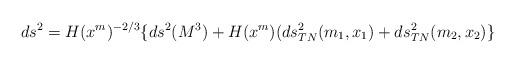
LaTeX: \begin{align*}ds^2 = H(x^m)^{-2/3} \lbrace ds^2(M^3) + H(x^m) (ds^2_{TN}(m_{1},x_{1}) + ds^2_{TN}(m_{2}, x_{2}) \rbrace\end{align*}